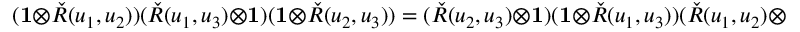
( \mathbf { 1 } \otimes { \check { R } } ( u _ { 1 } , u _ { 2 } ) ) ( { \check { R } } ( u _ { 1 } , u _ { 3 } ) \otimes \mathbf { 1 } ) ( \mathbf { 1 } \otimes { \check { R } } ( u _ { 2 } , u _ { 3 } ) ) = ( { \check { R } } ( u _ { 2 } , u _ { 3 } ) \otimes \mathbf { 1 } ) ( \mathbf { 1 } \otimes { \check { R } } ( u _ { 1 } , u _ { 3 } ) ) ( { \check { R } } ( u _ { 1 } , u _ { 2 } ) \otimes \mathbf { 1 } )